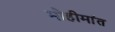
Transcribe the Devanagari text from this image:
मोहीमांत